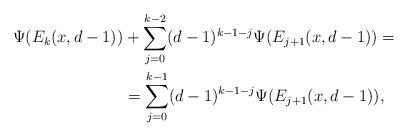
LaTeX: \begin{align*} \Psi(E_k(x, d-1)) &+ \sum_{j = 0}^{k-2} (d-1)^{k-1-j} \Psi(E_{j+1}(x, d-1)) =\\ &= \sum_{j = 0}^{k-1} (d-1)^{k-1-j} \Psi(E_{j+1}(x, d-1)) ,\end{align*}